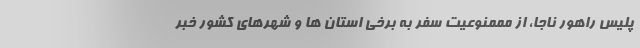
پلیس راهور ناجا، از مممنوعیت سفر به برخی استان ها و شهرهای کشور خبر